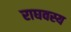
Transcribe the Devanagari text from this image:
राघवस्य